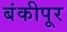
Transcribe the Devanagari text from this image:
बंकीपूर